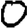
Digit: 0